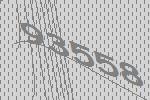
93558